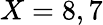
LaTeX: X=8,7